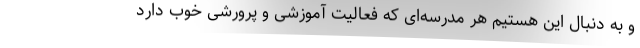
و به دنبال این هستیم هر مدرسه‌ای که فعالیت آموزشی و پرورشی خوب دارد